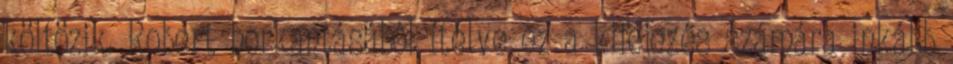
költözik. Robert horkantásából ítélve ez a kifejezés számára inkább